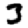
Digit: 3